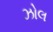
ઝોલ